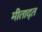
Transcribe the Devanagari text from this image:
मीताद्त